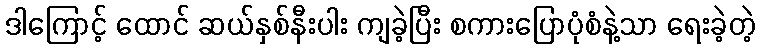
ဒါကြောင့် ထောင် ဆယ်နှစ်နီးပါး ကျခဲ့ပြီး စကားပြောပုံစံနဲ့သာ ရေးခဲ့တဲ့